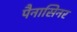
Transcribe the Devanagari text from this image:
पैनासिनर